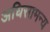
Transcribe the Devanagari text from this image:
अधिसामन्य